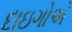
દાઇગોએ